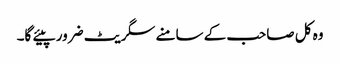
وہ کل صاحب کے سامنے سگریٹ ضرور پیئے گا۔